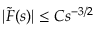
| \tilde { F } ( s ) | \le C s ^ { - 3 / 2 }